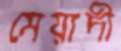
মেয়াদী